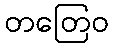
တတြေဝ